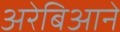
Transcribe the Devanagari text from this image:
अरेबिआने